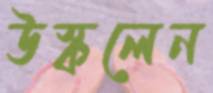
উস্‌কলেন